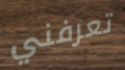
تعرفني